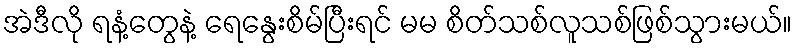
အဲဒီလို ရနံ့တွေနဲ့ ရေနွေးစိမ်ပြီးရင် မမ စိတ်သစ်လူသစ်ဖြစ်သွားမယ်။